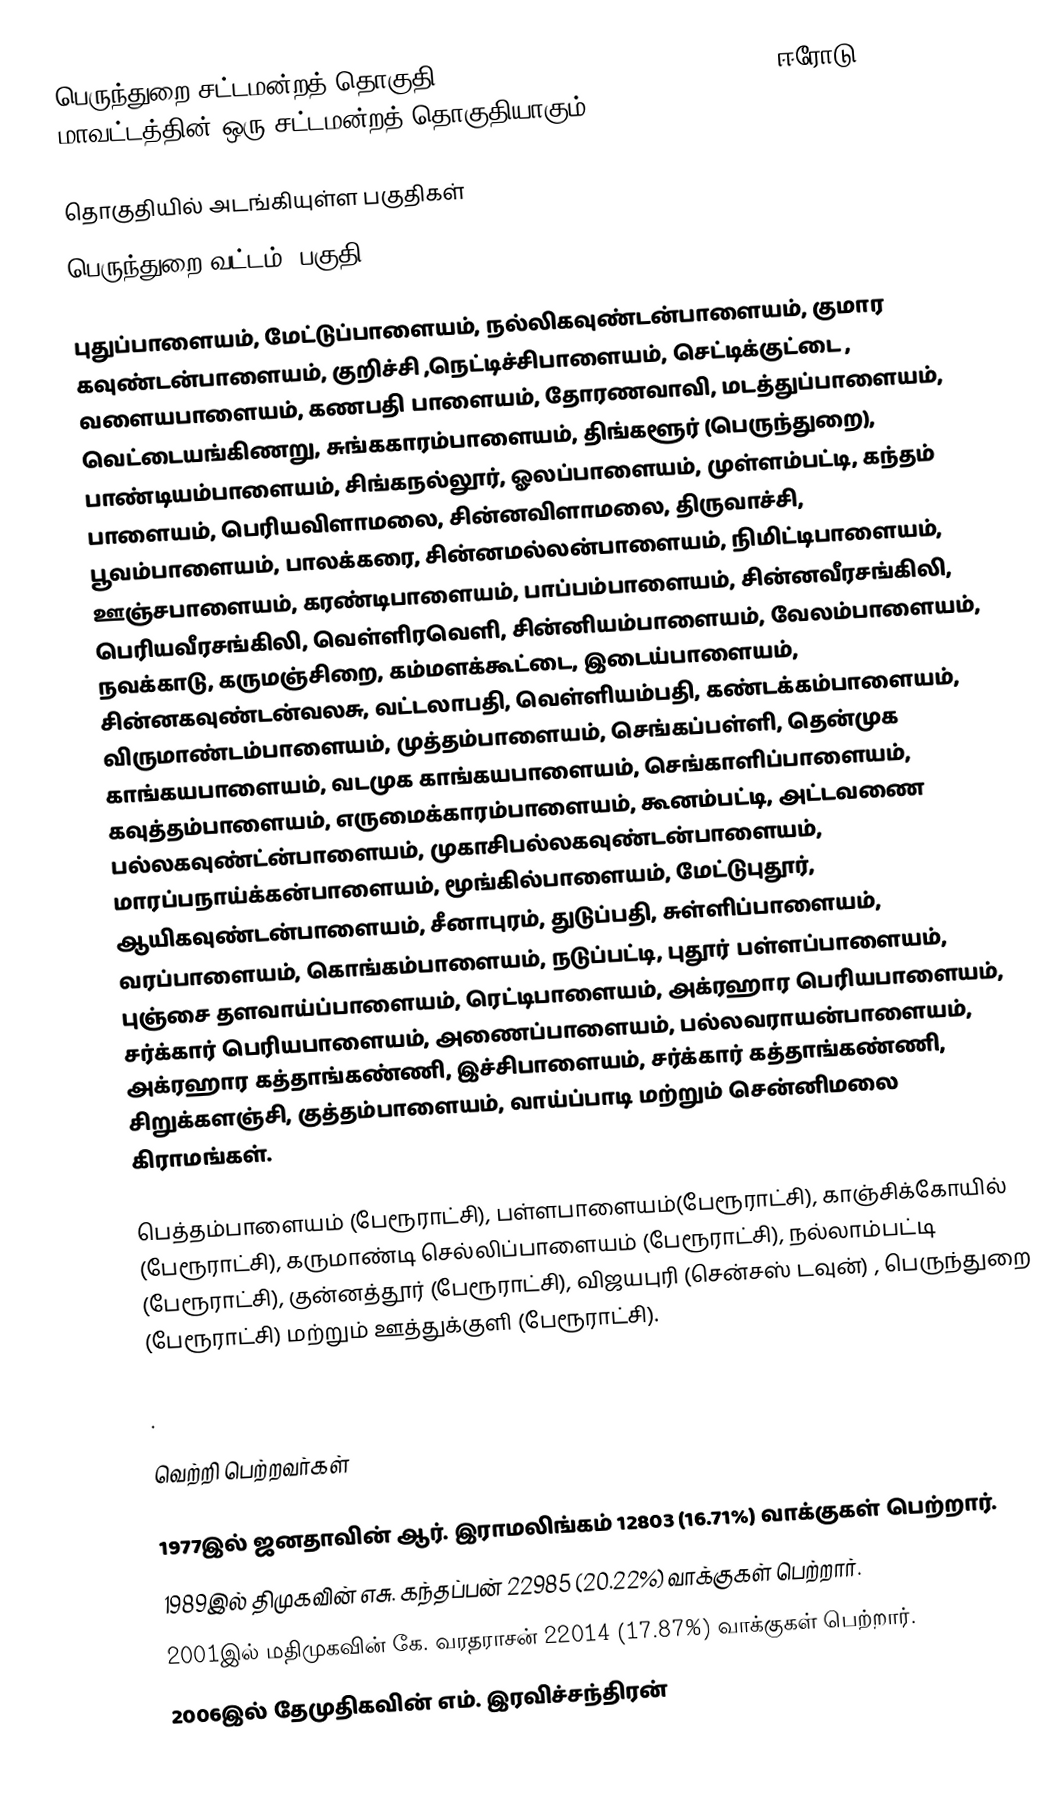
பெருந்துறை சட்டமன்றத் தொகுதி (Perundurai Assembly constituency) ஈரோடு மாவட்டத்தின் ஒரு சட்டமன்றத் தொகுதியாகும்.

தொகுதியில் அடங்கியுள்ள பகுதிகள்
பெருந்துறை வட்டம் (பகுதி)

புதுப்பாளையம், மேட்டுப்பாளையம், நல்லிகவுண்டன்பாளையம், குமார கவுண்டன்பாளையம், குறிச்சி ,நெட்டிச்சிபாளையம், செட்டிக்குட்டை , வளையபாளையம், கணபதி பாளையம், தோரணவாவி, மடத்துப்பாளையம், வெட்டையங்கிணறு, சுங்ககாரம்பாளையம், திங்களூர் (பெருந்துறை),  பாண்டியம்பாளையம், சிங்கநல்லூர், ஓலப்பாளையம், முள்ளம்பட்டி, கந்தம் பாளையம், பெரியவிளாமலை, சின்னவிளாமலை, திருவாச்சி, பூவம்பாளையம், பாலக்கரை, சின்னமல்லன்பாளையம், நிமிட்டிபாளையம், ஊஞ்சபாளையம், கரண்டிபாளையம், பாப்பம்பாளையம், சின்னவீரசங்கிலி, பெரியவீரசங்கிலி, வெள்ளிரவெளி, சின்னியம்பாளையம், வேலம்பாளையம், நவக்காடு, கருமஞ்சிறை, கம்மளக்கூட்டை, இடைய்பாளையம், சின்னகவுண்டன்வலசு, வட்டலாபதி, வெள்ளியம்பதி, கண்டக்கம்பாளையம், விருமாண்டம்பாளையம், முத்தம்பாளையம், செங்கப்பள்ளி, தென்முக காங்கயபாளையம், வடமுக காங்கயபாளையம், செங்காளிப்பாளையம், கவுத்தம்பாளையம், எருமைக்காரம்பாளையம், கூனம்பட்டி, அட்டவணை பல்லகவுண்ட்ன்பாளையம், முகாசிபல்லகவுண்டன்பாளையம், மாரப்பநாய்க்கன்பாளையம், மூங்கில்பாளையம், மேட்டுபுதூர், ஆயிகவுண்டன்பாளையம், சீனாபுரம், துடுப்பதி, சுள்ளிப்பாளையம், வரப்பாளையம், கொங்கம்பாளையம், நடுப்பட்டி, புதூர் பள்ளப்பாளையம், புஞ்சை தளவாய்ப்பாளையம், ரெட்டிபாளையம், அக்ரஹார பெரியபாளையம், சர்க்கார் பெரியபாளையம், அணைப்பாளையம், பல்லவராயன்பாளையம், அக்ரஹார கத்தாங்கண்ணி, இச்சிபாளையம், சர்க்கார் கத்தாங்கண்ணி, சிறுக்களஞ்சி, குத்தம்பாளையம், வாய்ப்பாடி மற்றும் சென்னிமலை கிராமங்கள்.

பெத்தம்பாளையம் (பேரூராட்சி), பள்ளபாளையம்(பேரூராட்சி), காஞ்சிக்கோயில் (பேரூராட்சி), கருமாண்டி செல்லிப்பாளையம் (பேரூராட்சி), நல்லாம்பட்டி (பேரூராட்சி), குன்னத்தூர் (பேரூராட்சி), விஜயபுரி (சென்சஸ் டவுன்) , பெருந்துறை (பேரூராட்சி) மற்றும் ஊத்துக்குளி (பேரூராட்சி).

.

வெற்றி பெற்றவர்கள்

1977இல் ஜனதாவின் ஆர். இராமலிங்கம் 12803 (16.71%) வாக்குகள் பெற்றார்.
1989இல் திமுகவின் எசு. கந்தப்பன் 22985 (20.22%) வாக்குகள் பெற்றார்.
2001இல் மதிமுகவின் கே. வரதராசன் 22014 (17.87%) வாக்குகள் பெற்றார்.
2006இல் தேமுதிகவின் எம். இரவிச்சந்திரன்